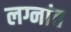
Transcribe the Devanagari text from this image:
लग्नांत